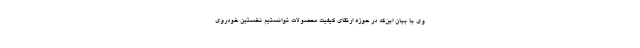
وی با بیان این‌که در حوزه ارتقای کیفیت محصولات توانستیم نخستین خودروی